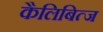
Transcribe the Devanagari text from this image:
कैलिबित्ज